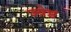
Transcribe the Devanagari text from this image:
ज्येष्ठं